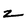
Character: z